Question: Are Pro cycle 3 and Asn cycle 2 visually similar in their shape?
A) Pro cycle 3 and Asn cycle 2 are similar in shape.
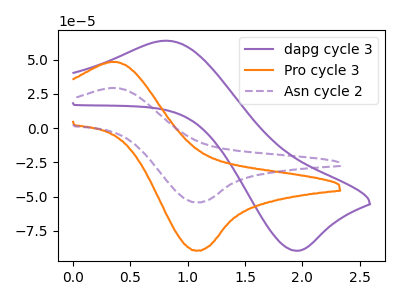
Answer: <think>The purple curve "dapg cycle 3" has an anodic peak at (0.80V, 63.80uA) and a cathodic peak at (1.95V, -89.55uA). The orange curve "Pro cycle 3" has an anodic peak at (0.40V, 48.20uA) and a cathodic peak at (1.10V, -89.45uA). The purple dashed curve "Asn cycle 2" has an anodic peak at (0.40V, 29.25uA) and a cathodic peak at (1.10V, -54.25uA).
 All the peaks in "Pro cycle 3" have a peak in "Asn cycle 2" at the same potential. Every peak in "Pro cycle 3" is higher than every peak in "Asn cycle 2".</think>
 <answer>A) "Pro cycle 3" and "Asn cycle 2" are similar in shape.</answer>
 <eval>A</eval>